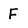
Character: F